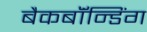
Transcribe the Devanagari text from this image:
बैकबॉंन्डिंग